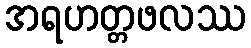
အရဟတ္တဖလဿ